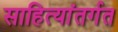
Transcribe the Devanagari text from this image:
साहित्यांतर्गत